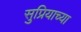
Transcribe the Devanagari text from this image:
सुप्रियाच्या